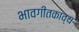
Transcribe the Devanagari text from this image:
भावगीतकाव्य